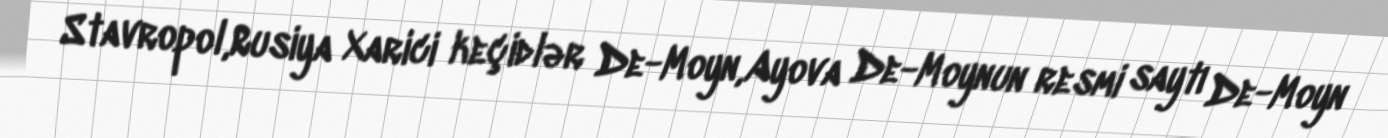
Stavropol,Rusiya Xarici keçidlər De-Moyn,Ayova De-Moynun resmi saytı De-Moyn